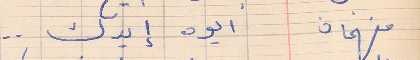
فهمان     ايوه إيدك . .